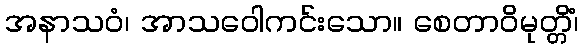
အနာသဝံ၊ အာသဝေါကင်းသော။ စေတာဝိမုတ္တိံ၊